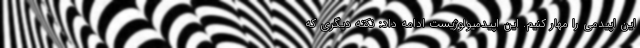
این اپیدمی را مهار کنیم. این اپیدمیولوژیست ادامه داد: نکته دیگری که